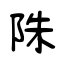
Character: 陎